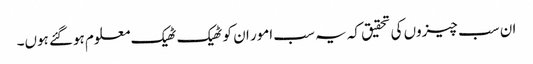
ان سب چیزوں کی تحقیق کہ یہ سب امور ان کو ٹھیک ٹھیک معلوم ہوگئے ہوں۔